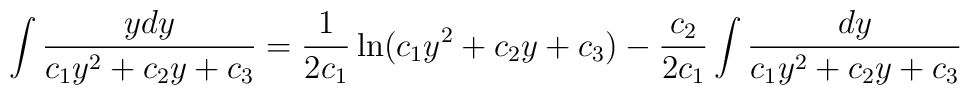
\int \frac{ydy}{c_1y^2+c_2y+c_3}=\frac{1}{2c_1}\ln\bigl(c_1y^2+c_2y+c_3\bigr)-\frac{c_2}{2c_1}\int\frac{dy}{c_1y^2+c_2y+c_3}